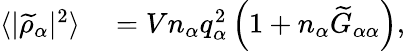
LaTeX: \begin{array}{rl}{\langle|\widetilde{\rho}_{\alpha}|^{2}\rangle}&{{}=Vn_{\alpha}q_{\alpha}^{2}\left(1+n_{\alpha}\widetilde{G}_{\alpha\alpha}\right),}\end{array}